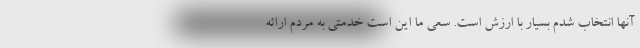
آنها انتخاب شدم بسیار با ارزش است. سعی ما این است خدمتی به مردم ارائه